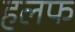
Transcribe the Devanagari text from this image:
हलफ